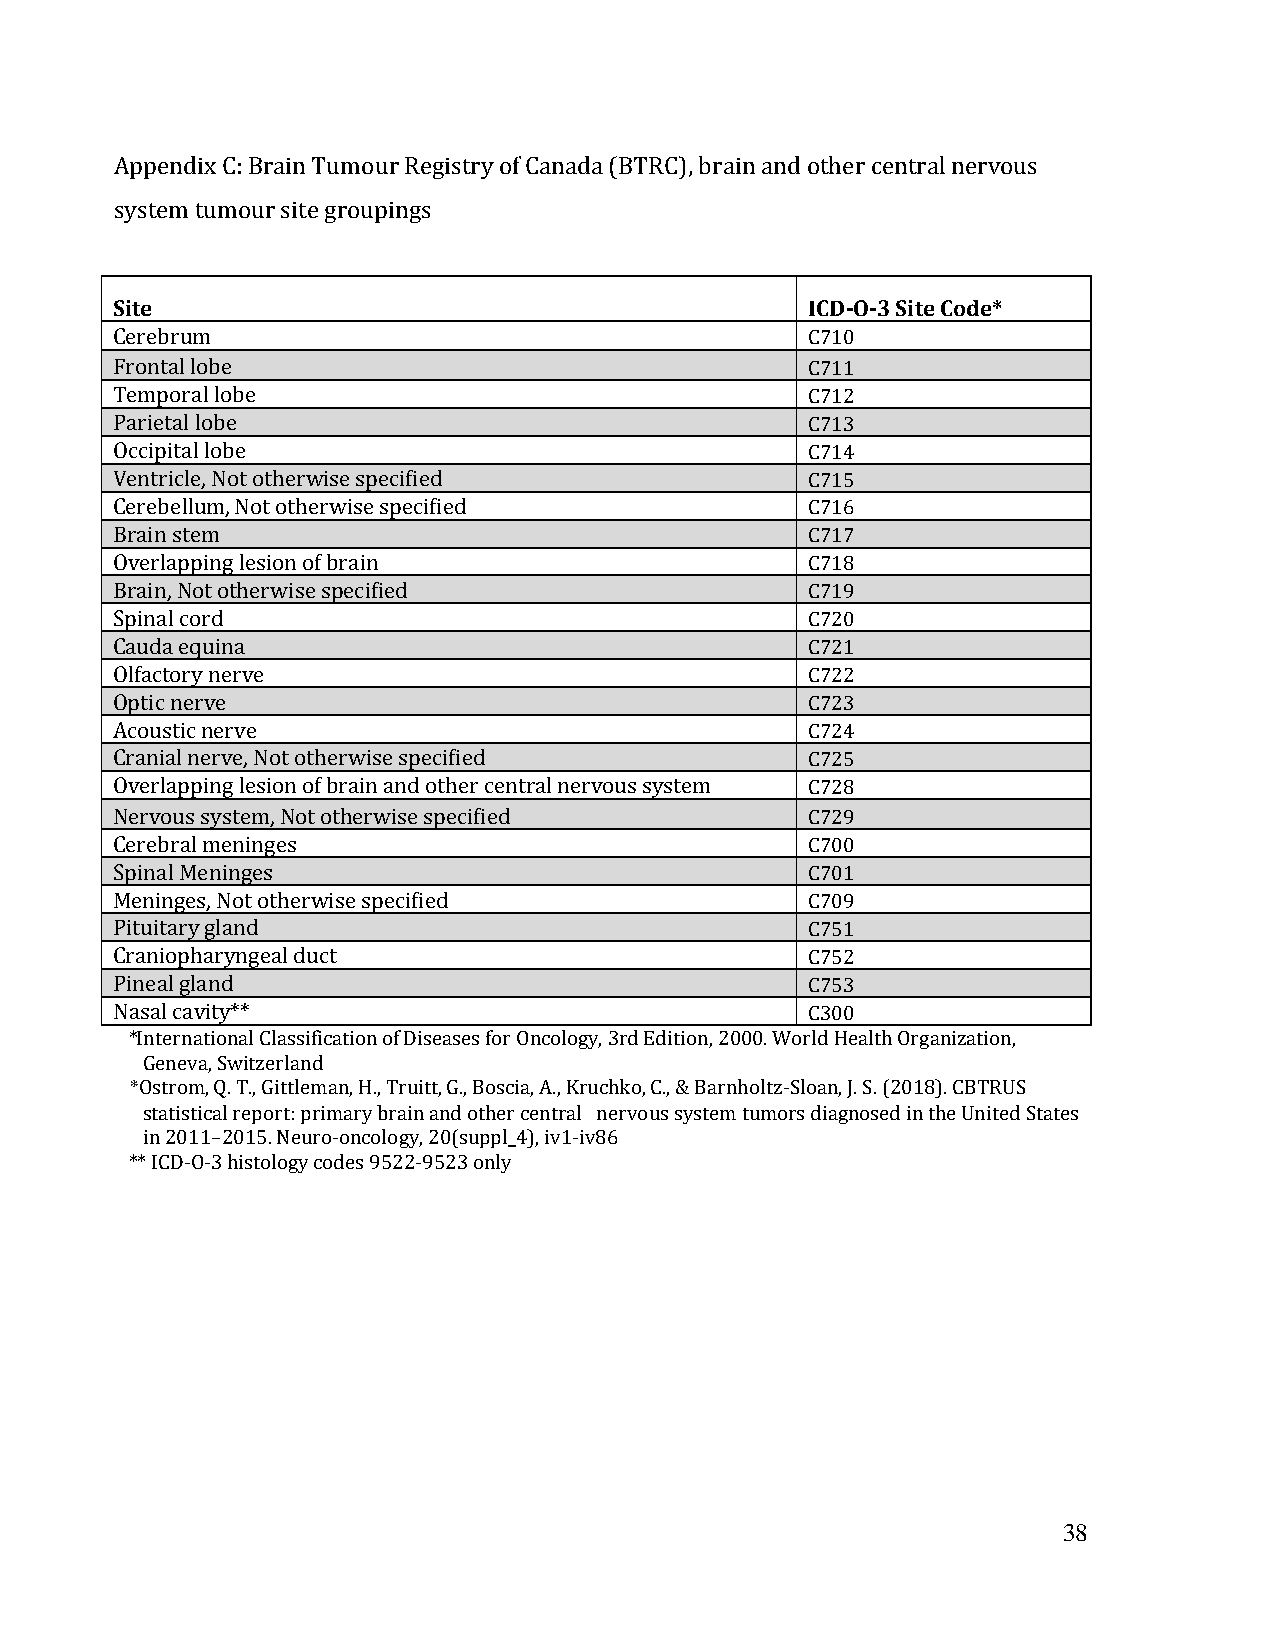
Appendix C: Brain Tumour Registry of Canada (BTRC), brain and other central nervous
 system tumour site groupings
 Site                                           ICD-O-3 Site Code*
 Cerebrum                                       C710
 Frontal lobe                                   C711
 Temporal lobe                                  C712
 Parietal lobe                                  C713
 Occipital lobe                                 C714
 Ventricle, Not otherwise specified             C715
 Cerebellum, Not otherwise specified            C716
 Brain stem                                     C717
 Overlapping lesion of brain                    C718
 Brain, Not otherwise specified                 C719
 Spinal cord                                    C720
 Cauda equina                                   C721
 Olfactory nerve                                C722
 Optic nerve                                    C723
 Acoustic nerve                                 C724
 Cranial nerve, Not otherwise specified         C725
 Overlapping lesion of brain and other central nervous system C728
 Nervous system, Not otherwise specified        C729
 Cerebral meninges                              C700
 Spinal Meninges                                C701
 Meninges, Not otherwise specified              C709
 Pituitary gland                                C751
 Craniopharyngeal duct                          C752
 Pineal gland                                   C753
 Nasal cavity**                                 C300
 *International Classification of Diseases for Oncology, 3rd Edition, 2000. World Health Organization,
 Geneva, Switzerland
 *Ostrom, Q. T., Gittleman, H., Truitt, G., Boscia, A., Kruchko, C., & Barnholtz-Sloan, J. S. (2018). CBTRUS
 statistical report: primary brain and other central nervous system tumors diagnosed in the United States
 in 2011–2015. Neuro-oncology, 20(suppl_4), iv1-iv86
 ** ICD-O-3 histology codes 9522-9523 only
 38